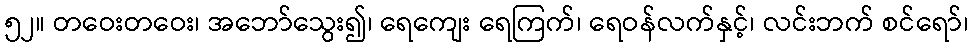
၅၂။ တဝေးတဝေး၊ အဘော်သွေး၍၊ ရေကျေး ရေကြက်၊ ရေဝန်လက်နှင့်၊ လင်းဘက် စင်ရော်၊